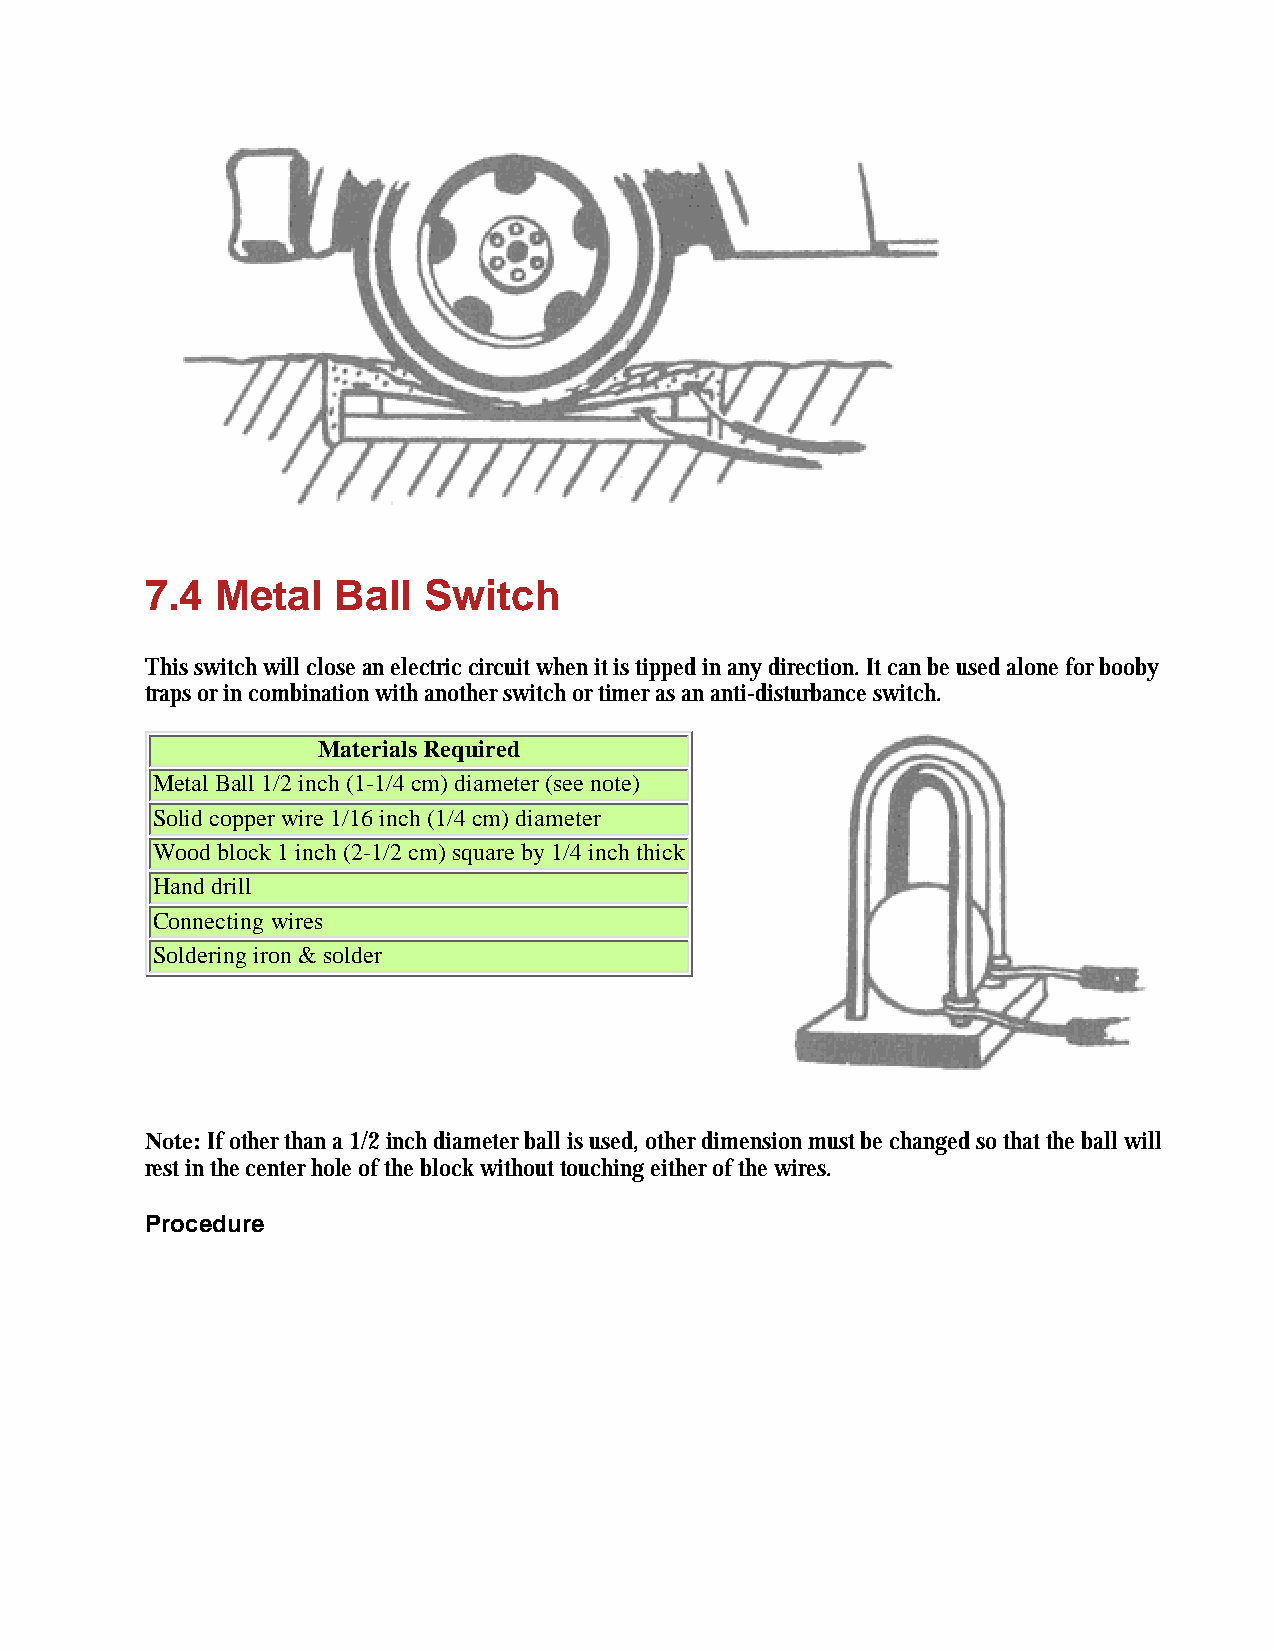
7.4 Metal   Ball  Switch
 This switch will close an electric circuit when it is tipped in any direction. It can be used alone for booby
 traps or in combination with another switch or timer as an anti-disturbance switch.
 Materials Required
 Metal Ball 1/2 inch (1-1/4 cm) diameter (see note)
 Solid copper wire 1/16 inch (1/4 cm) diameter
 Wood block 1 inch (2-1/2 cm) square by 1/4 inch thick
 Hand drill
 Connecting wires
 Soldering iron & solder
 Note: If other than a 1/2 inch diameter ball is used, other dimension must be changed so that the ball will
 rest in the center hole of the block without touching either of the wires.
 Procedure